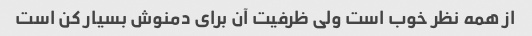
از همه نظر خوب است ولی ظرفیت آن برای دمنوش بسیار کن است